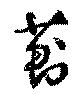
薊